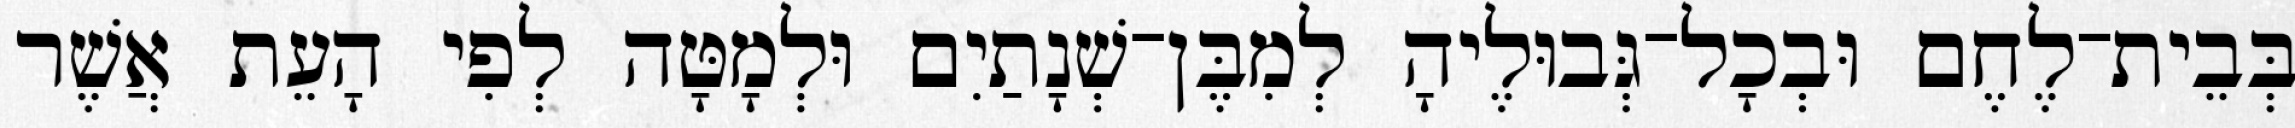
בְּבֵית־לֶחֶם וּבְכָל־גְּבוּלֶיהָ לְמִבֶּן־שְׁנָתַיִם וּלְמָטָּה לְפִי הָעֵת אֲשֶׁר